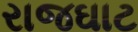
રાજઘાટ